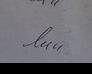
Signature authenticity: genuine